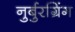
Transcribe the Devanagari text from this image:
नुर्बुरग्रिंग